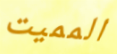
المميت